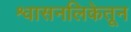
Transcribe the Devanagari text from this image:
श्वासनलिकेतून